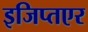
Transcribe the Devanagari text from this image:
इजिप्तएर